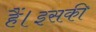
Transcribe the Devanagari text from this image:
हैं।इसकी